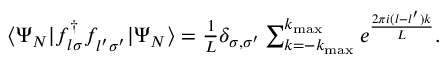
\begin{array} { r } { \langle \Psi _ { N } | f _ { l \sigma } ^ { \dagger } f _ { l ^ { \prime } \sigma ^ { \prime } } ^ { \phantom { \dagger } } | \Psi _ { N } \rangle = \frac { 1 } { L } \delta _ { \sigma , \sigma ^ { \prime } } \sum _ { k = - k _ { \mathrm { m a x } } } ^ { k _ { \mathrm { m a x } } } e ^ { \frac { 2 \pi i ( l - l ^ { \prime } ) k } { L } } . } \end{array}